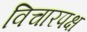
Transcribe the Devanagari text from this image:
विचारपक्ष